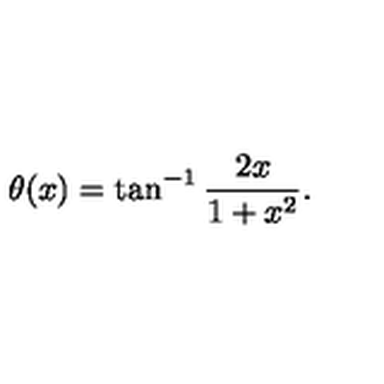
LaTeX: \theta ( x ) = \tan ^ { - 1 } \frac { 2 x } { 1 + x ^ { 2 } } .